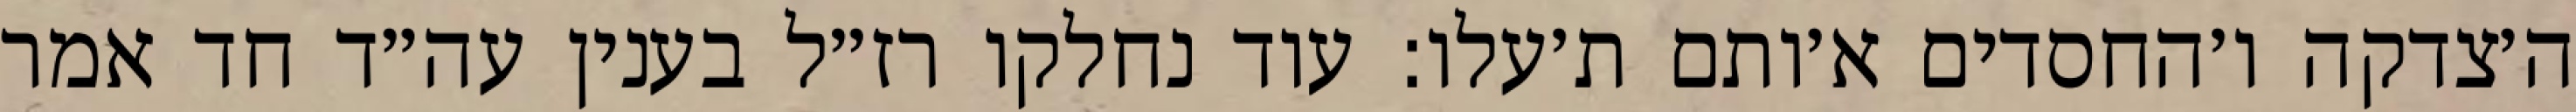
ה׳צדקה ו׳החסדים א׳ותם ת׳עלו: עוד נחלקו רז״ל בענין עה״ד חד אמר